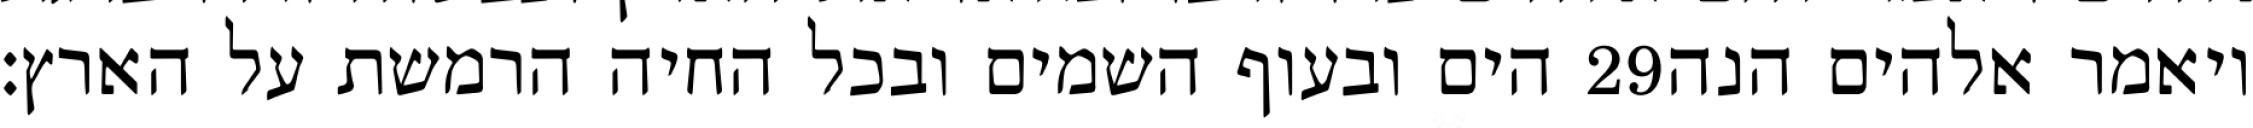
הים ובעוף השמים ובכל החיה הרמשת על הארץ׃ ‎29‏ ויאמר אלהים הנה